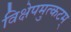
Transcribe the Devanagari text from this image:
विक्षेपमुत्कटम्